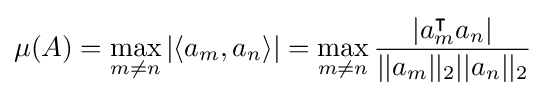
\mu (A)=\max _{m\neq n}|\langle a_{m},a_{n}\rangle |=\max _{m\neq n}{\frac {|a_{m}^{\intercal }a_{n}|}{||a_{m}||_{2}||a_{n}||_{2}}}